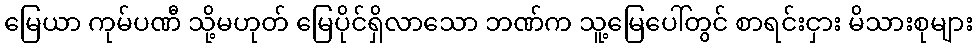
မြေယာ ကုမ်ပဏီ သို့မဟုတ် မြေပိုင်ရှိလာသော ဘဏ်က သူ့မြေပေါ်တွင် စာရင်းငှား မိသားစုများ